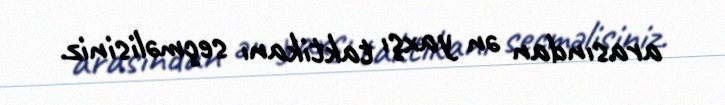
arasından ən yaxşı taktikanı seçməlisiniz.